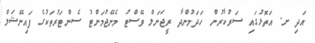
އަދި ށ. އަތޮޅުގައި ސަރުކާރުން ހަދަމުންދާ ރީޖަނަލް ވޭސްޓު މެނޭޖުމަންޓު ސެންޓަރުތަކުގެ ފައިނޭޝަލް